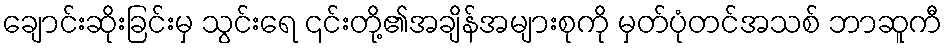
ချောင်းဆိုးခြင်းမှ သွင်းရေ ၎င်းတို့၏အချိန်အများစုကို မှတ်ပုံတင်အသစ် ဘာဆူကီ